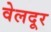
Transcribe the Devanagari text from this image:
वेलदूर